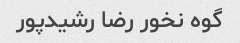
گوه نخور رضا رشیدپور